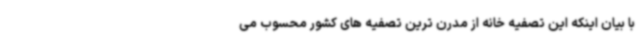
با بیان اینکه این تصفیه خانه از مدرن ترین تصفیه های کشور محسوب می